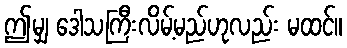
ဤမျှ ဒေါသကြီးလိမ့်မည်ဟုလည်း မထင်။